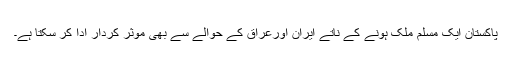
پاکستان ایک مسلم ملک ہونے کے ناتے ایران اورعراق کے حوالے سے بھی موثر کردار ادا کر سکتا ہے۔